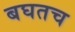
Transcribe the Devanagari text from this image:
बघतच